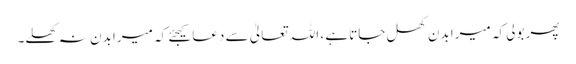
پھر بولی کہ میرا بدن کھل جاتا ہے ، اللہ تعالیٰ سے دعا کیجئے کہ میرا بدن نہ کھلے۔